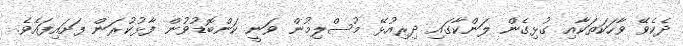
ދެކެވޭ ވާހަކަތަކާއި ގުޅިގެން ލަންކާގައި ދިރިއުޅޭ މުސްލިމުން ވަނީ ކަންބޮޑުވުން ފާޅުކުރަން ފަށައިފައެވެ.